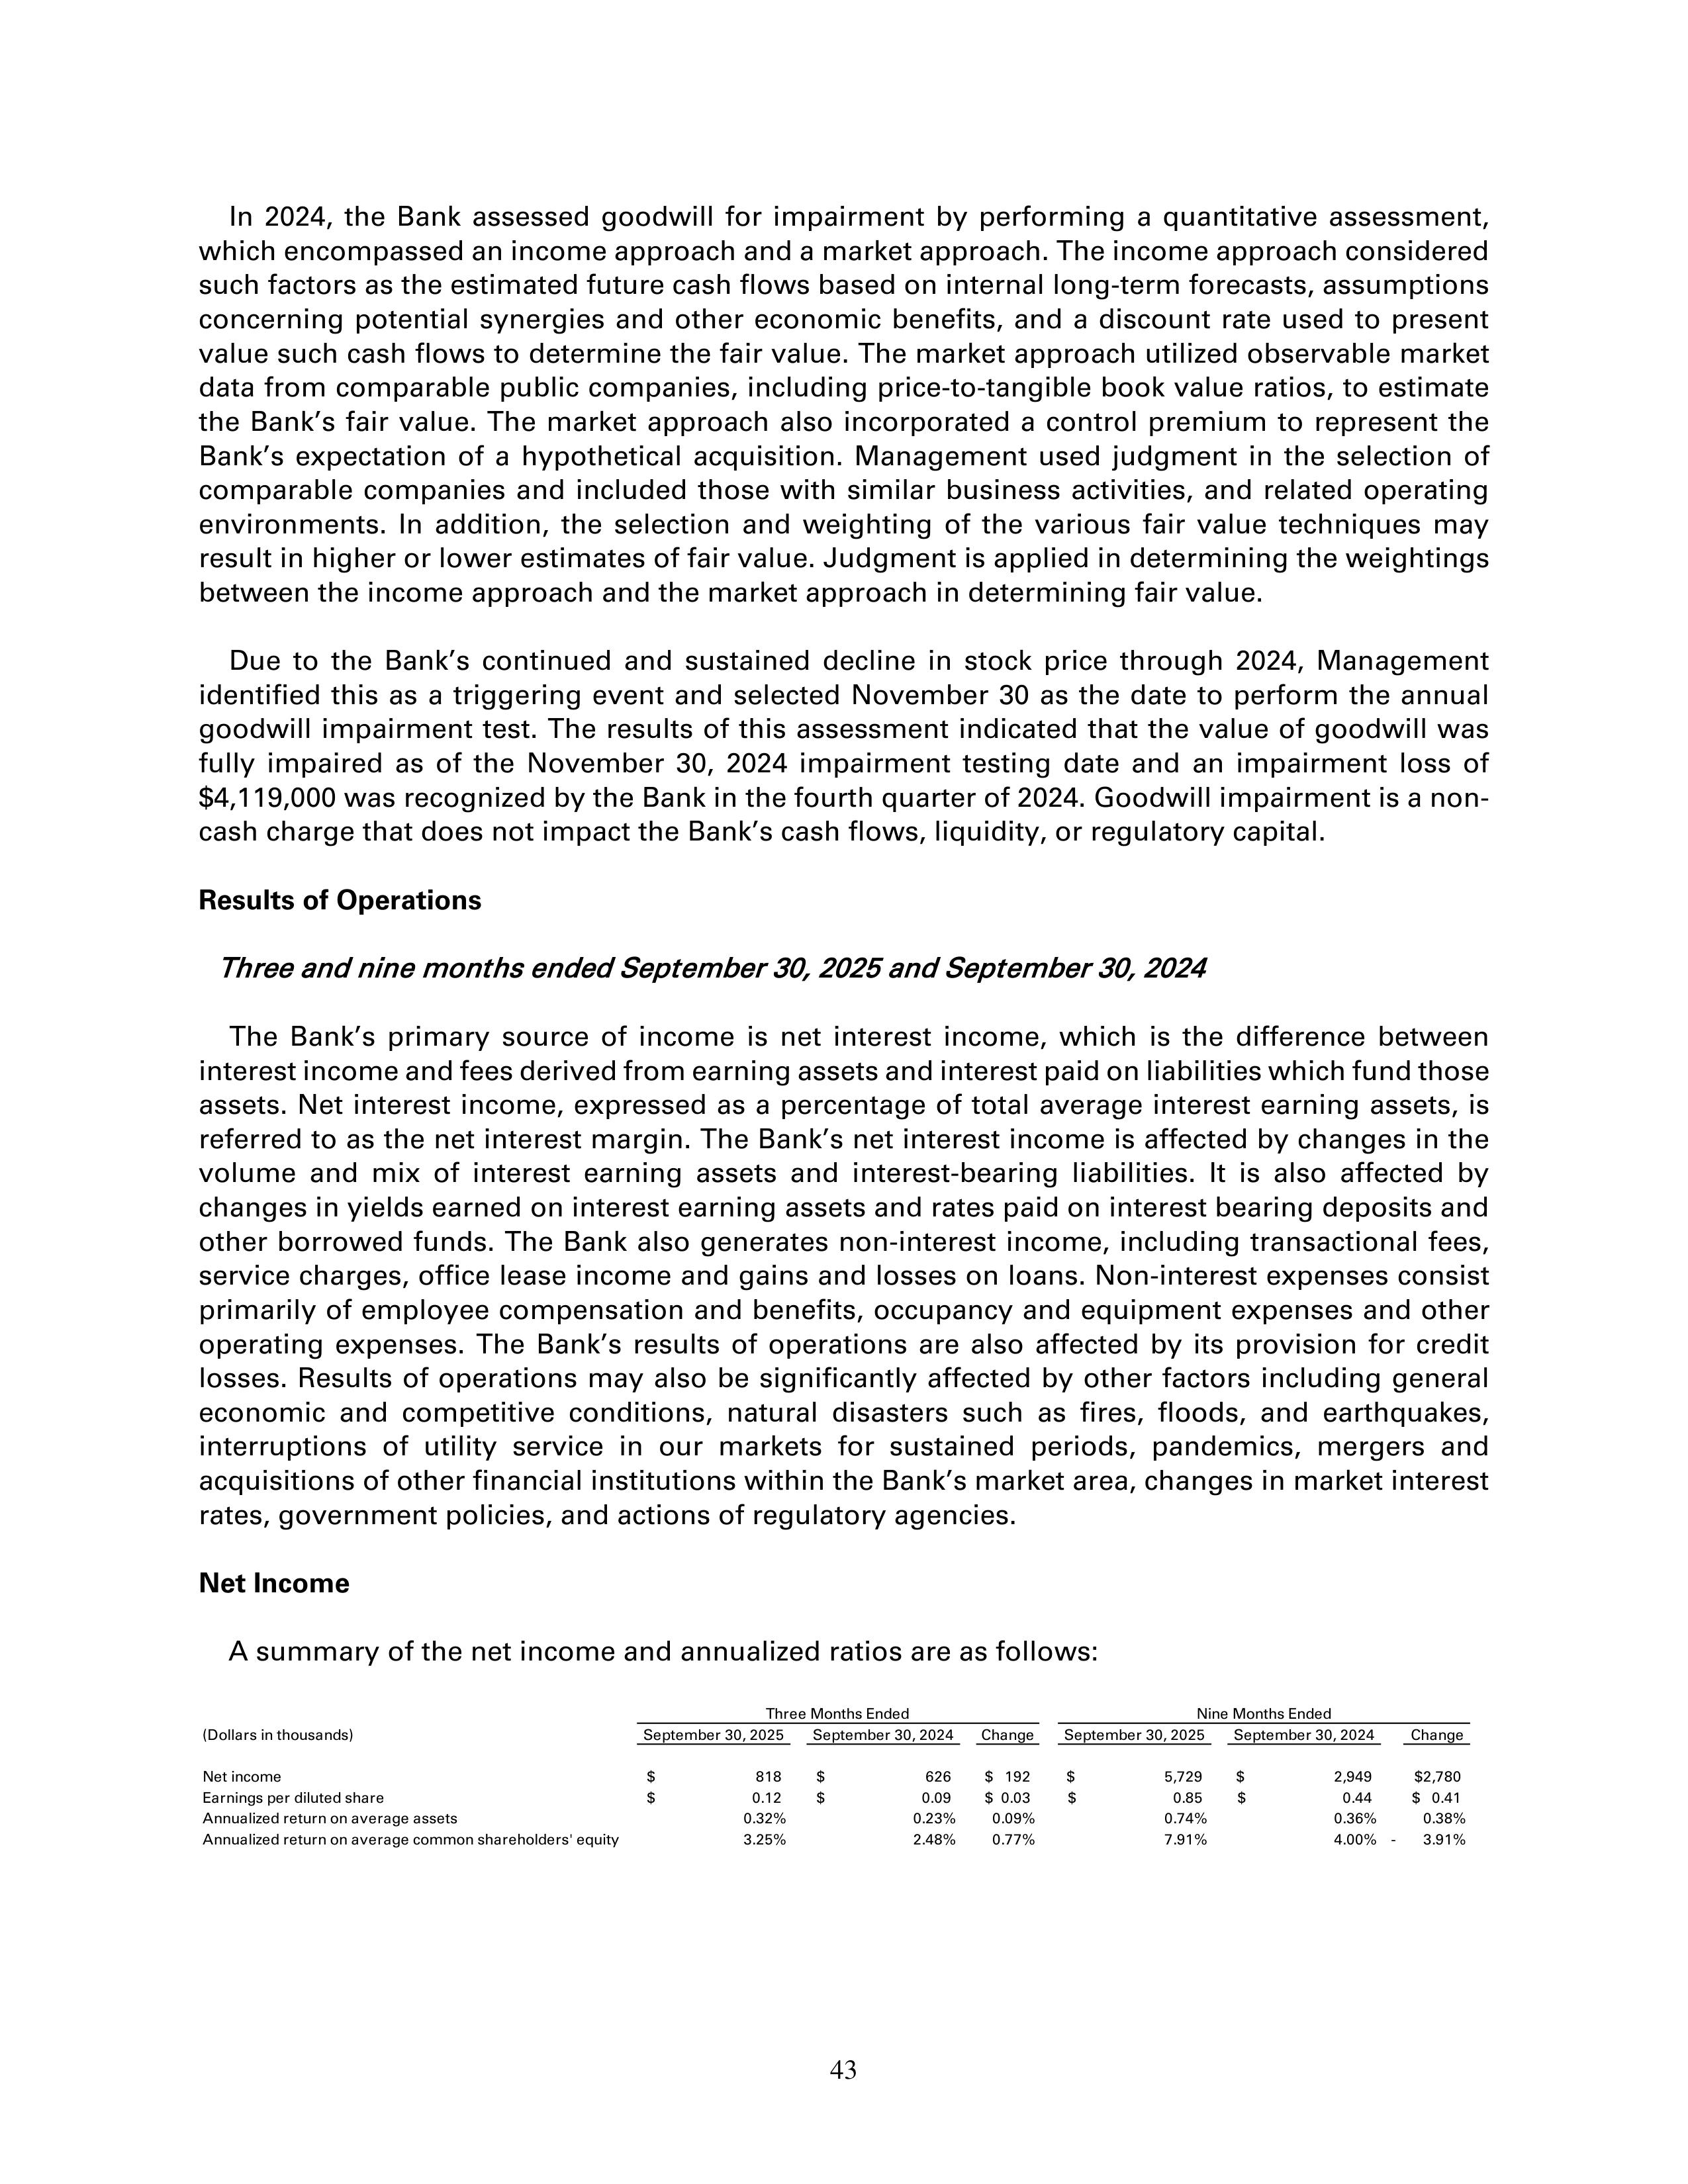
In 2024, the Bank assessed goodwill for impairment by performing a quantitative assessment,
which encompassed an income approach and a market approach. The income approach considered
such factors as the estimated future cash flows based on internal long-term forecasts, assumptions
concerning potential synergies and other economic benefits, and a discount rate used to present
value such cash flows to determine the fair value. The market approach utilized observable market
data from comparable public companies, including price-to-tangible book value ratios, to estimate
the Bank's fair value. The market approach also incorporated a control premium to represent the
Bank's expectation of a hypothetical acquisition. Management used judgment in the selection of
comparable companies and included those with similar business activities, and related operating
environments. In addition, the selection and weighting of the various fair value techniques may
result in higher or lower estimates of fair value. Judgment is applied in determining the weightings
between the income approach and the market approach in determining fair value.

Due to the Bank's continued and sustained decline in stock price through 2024, Management
identified this as a triggering event and selected November 30 as the date to perform the annual
goodwill impairment test. The results of this assessment indicated that the value of goodwill was
fully impaired as of the November 30, 2024 impairment testing date and an impairment loss of
$4,119,000 was recognized by the Bank in the fourth quarter of 2024. Goodwill impairment is a non-
cash charge that does not impact the Bank's cash flows, liquidity, or regulatory capital.

Results of Operations

Three and nine months ended September 30, 2025 and September 30, 2024

The Bank's primary source of income is net interest income, which is the difference between
interest income and fees derived from earning assets and interest paid on liabilities which fund those
assets. Net interest income, expressed as a percentage of total average interest earning assets, is
referred to as the net interest margin. The Bank's net interest income is affected by changes in the
volume and mix of interest earning assets and interest-bearing liabilities. It is also affected by
changes in yields earned on interest earning assets and rates paid on interest bearing deposits and
other borrowed funds. The Bank also generates non-interest income, including transactional fees,
service charges, office lease income and gains and losses on loans. Non-interest expenses consist
primarily of employee compensation and benefits, occupancy and equipment expenses and other
operating expenses. The Bank's results of operations are also affected by its provision for credit
losses. Results of operations may also be significantly affected by other factors including general
economic and competitive conditions, natural disasters such as fires, floods, and earthquakes,
interruptions of utility service in our markets for sustained periods, pandemics, mergers and
acquisitions of other financial institutions within the Bank's market area, changes in market interest
rates, government policies, and actions of regulatory agencies.

Net Income

A summary of the net income and annualized ratios are as follows:

                                            Three Months Ended                     Nine Months Ended
(Dollars in thousands)                      September 30, 2025   September 30, 2024   Change   September 30, 2025   September 30, 2024   Change

Net income                                  $           818      $           626      $ 192    $         5,729      $         2,949      $2,780
Earnings per diluted share                  $          0.12      $          0.09      $ 0.03   $          0.85      $          0.44      $ 0.41
Annualized return on average assets                   0.32%                0.23%     0.09%                0.74%                0.36%    0.38%
Annualized return on average common shareholders' equity
                                                      3.25%                2.48%     0.77%                7.91%                4.00%    3.91%

43